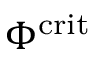
\Phi ^ { \mathrm { c r i t } }